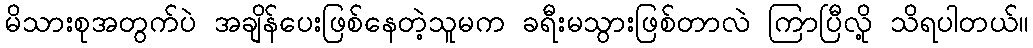
မိသားစုအတွက်ပဲ အချိန်ပေးဖြစ်နေတဲ့သူမက ခရီးမသွားဖြစ်တာလဲ ကြာပြီလို့ သိရပါတယ်။